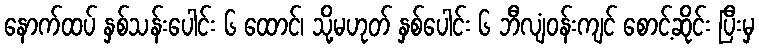
နောက်ထပ် နှစ်သန်းပေါင်း ၆ ထောင်၊ သို့မဟုတ် နှစ်ပေါင်း ၆ ဘီလျံဝန်းကျင် စောင့်ဆိုင်း ပြီးမှ